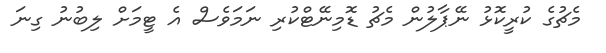
މެޗުގެ ކުރީކޮޅު ނޭޕާލުން މެޗު ޑޮމިނޭޓްކުރި ނަމަވެސް އެ ޓީމަށް ލިބުނު ގިނަ